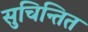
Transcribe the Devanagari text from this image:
सुचिन्तित